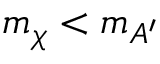
m _ { \chi } < m _ { A ^ { \prime } }